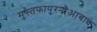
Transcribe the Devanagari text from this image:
मुस्तफापुरनौआबाद